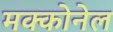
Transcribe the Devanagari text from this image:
मक्कोनेल